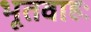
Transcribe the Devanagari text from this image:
भूतवाहः